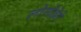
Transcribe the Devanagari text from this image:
लोगोठेते